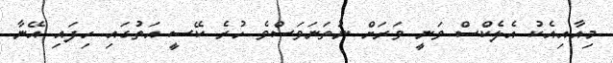
މިއާއިއެކު އެލެކްސް ވަނީ ވަރަށް ނުތަނަވަސްވެ ހުރެ ކޭސީ އަތުގައި ހިފައި އޭނާ